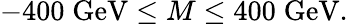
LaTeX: -400\; \mathrm{GeV}\le M\le 400\; \mathrm{GeV}.